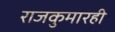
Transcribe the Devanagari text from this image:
राजकुमारही